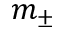
m _ { \pm }